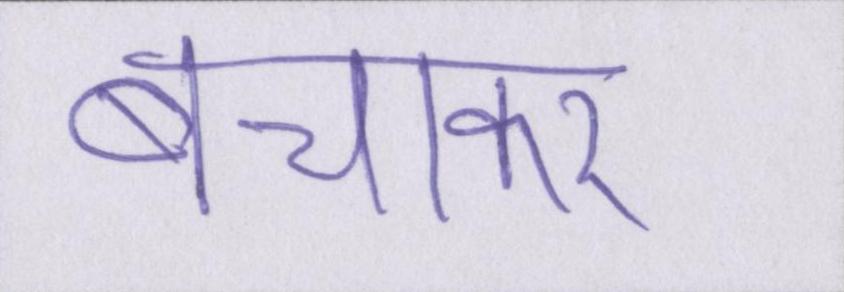
बचाकर